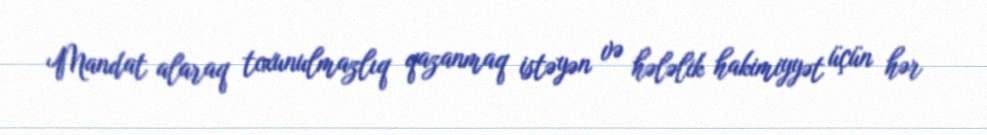
Mandat alaraq toxunulmazlıq qazanmaq istəyən və hələlik hakimiyyət üçün hər